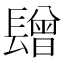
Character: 𨲯